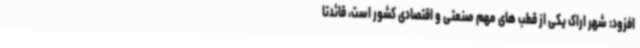
افزود: شهر اراک یکی از قطب های مهم صنعتی و اقتصادی کشور است، قائدتا